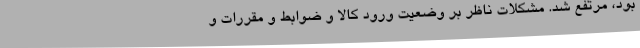
بود، مرتفع شد. مشکلات ناظر بر وضعیت ورود کالا و ضوابط و مقررات و